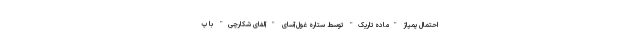
احتمال پمپاژ "ماده تاریک" توسط ستاره غول‌آسای "آلفای شکارچی" با پ